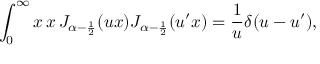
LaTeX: \int _ { 0 } ^ { \infty } \d x \, x \, J _ { \alpha - \frac 1 2 } ( u x ) J _ { \alpha - \frac 1 2 } ( u ^ { \prime } x ) = \frac 1 u \delta ( u - u ^ { \prime } ) ,